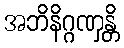
အဘိနိဂ္ဂဏှန္တိ